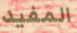
المفيد